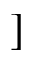
]